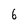
Character: 6